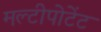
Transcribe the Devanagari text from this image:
मल्टीपोटेंट